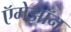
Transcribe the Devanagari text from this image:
ऍमेझॉन